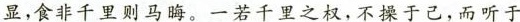
显，食非千里则马酶。一若干里之权，不禄于已，而听于